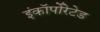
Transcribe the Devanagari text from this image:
इंकॉर्पोरेटेड